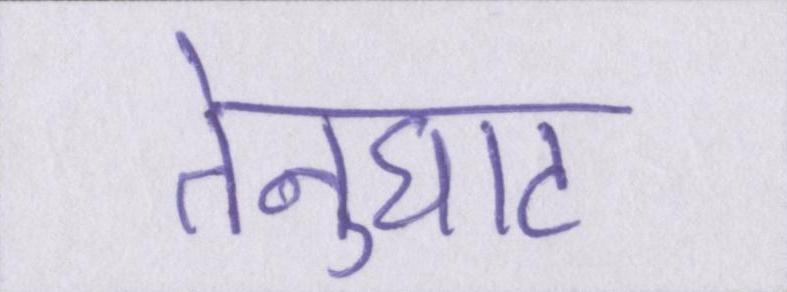
तेनुघाट